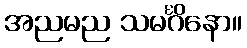
အညမည သမင်္ဂိနော။